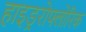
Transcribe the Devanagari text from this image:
हाइड्ररोफ्लोरिक